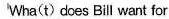
Wha(t) does Bill want for